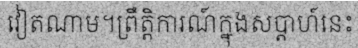
វៀតណាម។ព្រឹត្តិការណ៍ក្នុងសប្តាហ៍នេះ